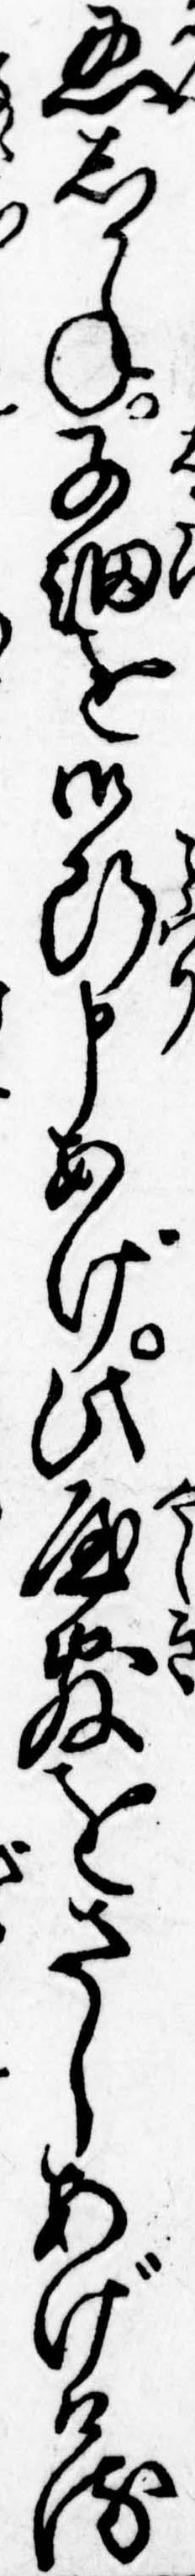
忍しかね子細を御断申あげ此屋敷をさしあげける